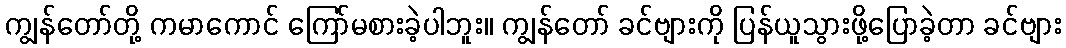
ကျွန်တော်တို့ ကမာကောင် ကြော်မစားခဲ့ပါဘူး။ ကျွန်တော် ခင်ဗျားကို ပြန်ယူသွားဖို့ပြောခဲ့တာ ခင်ဗျား